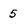
Character: 5